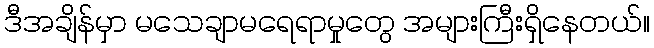
ဒီအချိန်မှာ မသေချာမရေရာမှုတွေ အများကြီးရှိနေတယ်။